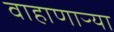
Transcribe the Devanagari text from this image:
वाहाणाऱ्या